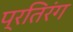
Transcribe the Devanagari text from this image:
प्रतिरंग